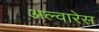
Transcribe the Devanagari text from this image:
अल्वारेस